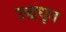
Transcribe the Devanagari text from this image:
उद्धधृत